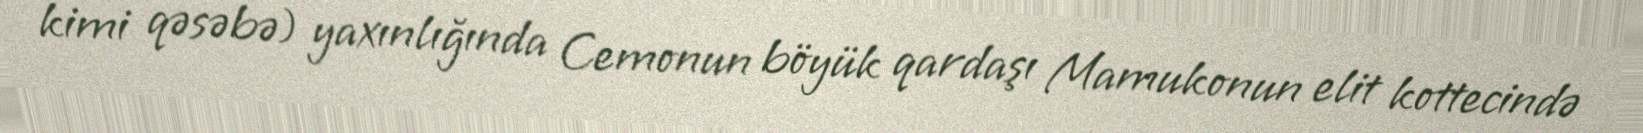
kimi qəsəbə) yaxınlığında Cemonun böyük qardaşı Mamukonun elit kottecində